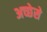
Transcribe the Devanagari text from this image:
अच्छेसे